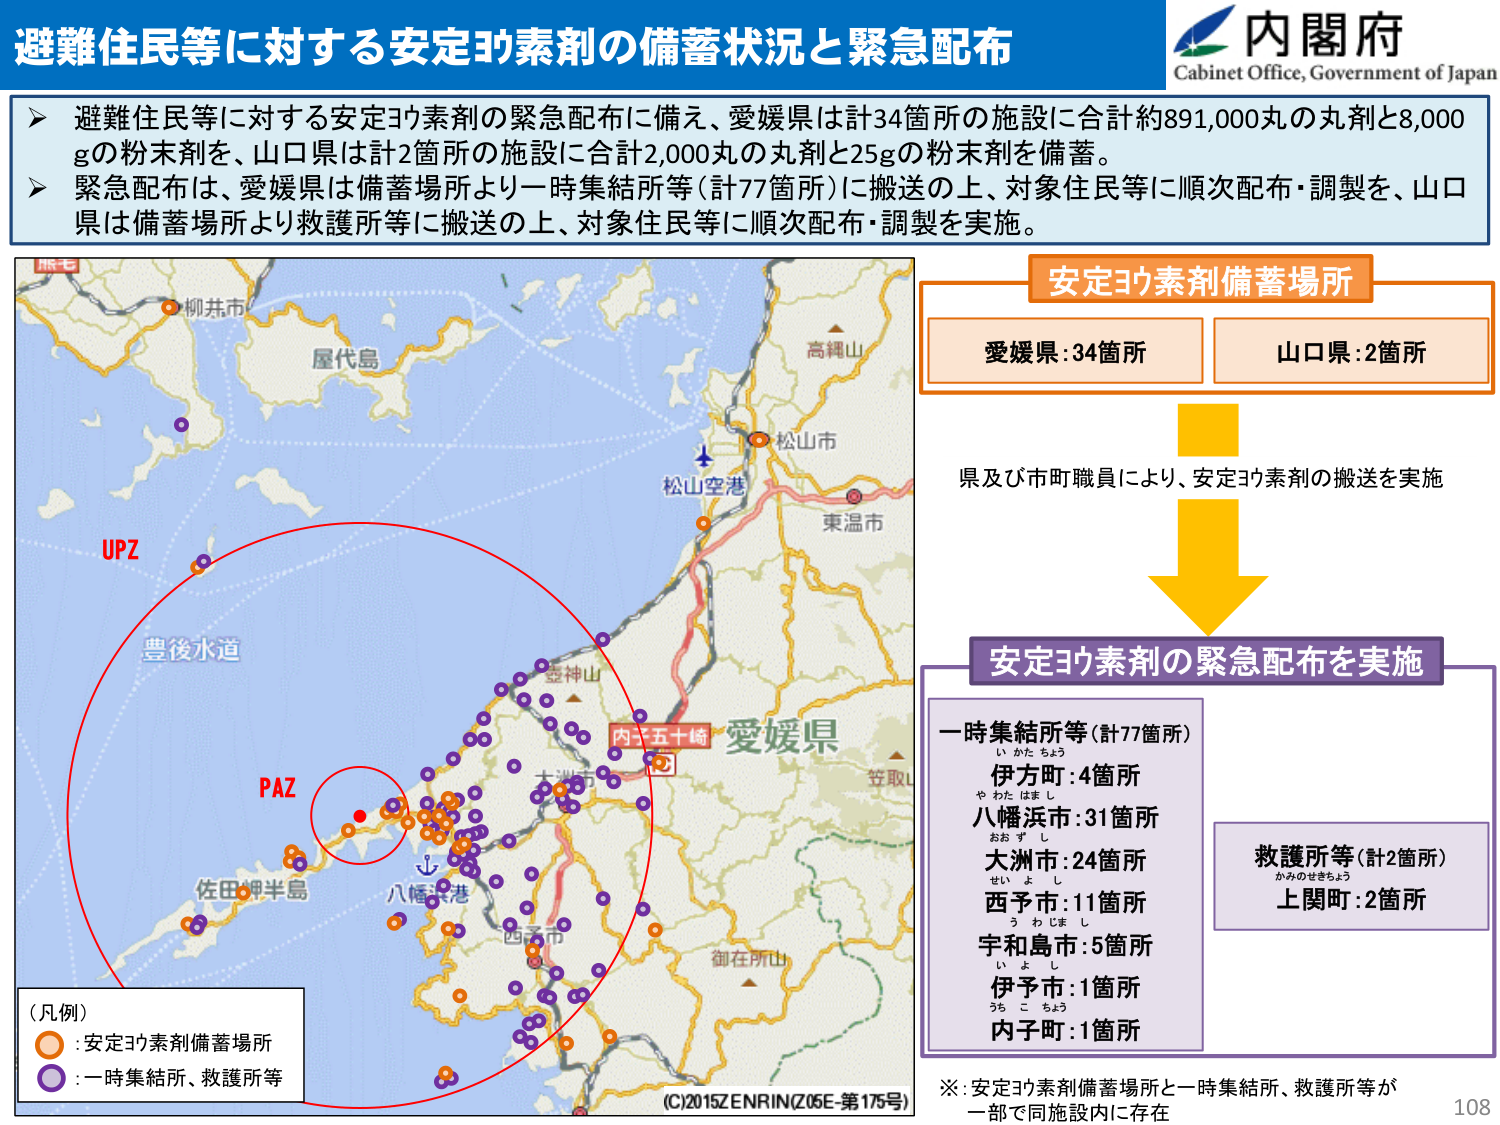
避難住民等に対する安定ヨウ素剤の備蓄状況と緊急配布

内閣府
Cabinet Office, Government of Japan

▶ 避難住民等に対する安定ヨウ素剤の緊急配布に備え、愛媛県は計34箇所の施設に合計約891,000丸の丸剤と8,000gの粉末剤を、山口県は計2箇所の施設に合計2,000丸の丸剤と25gの粉末剤を備蓄。
▶ 緊急配布は、愛媛県は備蓄場所より一時集結所等（計77箇所）に搬送の上、対象住民等に順次配布・調製を、山口県は備蓄場所より救護所等に搬送の上、対象住民等に順次配布・調製を実施。

安定ヨウ素剤備蓄場所
愛媛県：34箇所
山口県：2箇所

県及び市町職員により、安定ヨウ素剤の搬送を実施

安定ヨウ素剤の緊急配布を実施

一時集結所等（計77箇所）
い かた ちょう
伊方町：4箇所
や わた はま し
八幡浜市：31箇所
おお ず し
大洲市：24箇所
せい よ し
西予市：11箇所
う わじま し
宇和島市：5箇所
い ず し
伊予市：1箇所
うち こ ちょう
内子町：1箇所

救護所等（計2箇所）
かみのせきちょう
上関町：2箇所

※：安定ヨウ素剤備蓄場所と一時集結所、救護所等が一部で同施設内に存在

（凡例）
○：安定ヨウ素剤備蓄場所
●：一時集結所、救護所等

UPZ
PAZ
豊後水道
屋代島
柳井市
高縄山
松山市
松山空港
東温市
愛媛県
内子五十崎
佐田岬半島
八幡浜港
四万十市
御在所山
(C)2015 ZENRIN (Z05E-第175号)

108